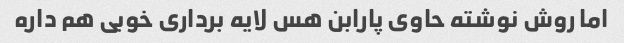
اما روش نوشته حاوی پارابن هس لایه برداری خوبی هم داره